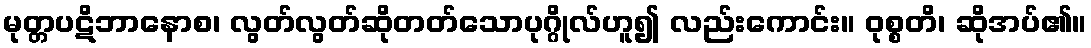
မုတ္တပဋိဘာနောစ၊ လွတ်လွတ်ဆိုတတ်သောပုဂ္ဂိုလ်ဟူ၍ လည်းကောင်း။ ဝုစ္စတိ၊ ဆိုအပ်၏။